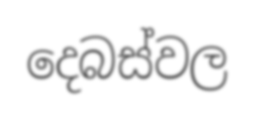
දෙබස්වල